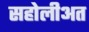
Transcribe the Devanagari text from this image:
सहोलीअत